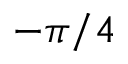
- \pi / 4